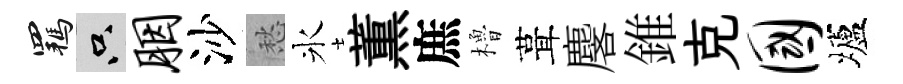
羈只胭沙愁氷薫庶櫓葺麐錐克国壚